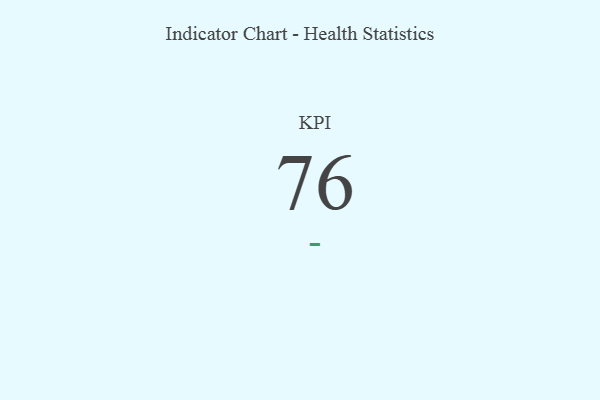
{"axis": {"x": "KPI", "y": "Value"}, "legend": [""], "data": [{"x": "KPI", "y": 76, "type": ""}]}